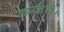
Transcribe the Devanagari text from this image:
करतेथे।